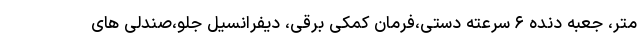
متر، جعبه دنده ۶ سرعته دستی،فرمان کمکی برقی، دیفرانسیل جلو،صندلی های